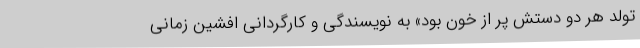
تولد هر دو دستش پر از خون بود» به نویسندگی و کارگردانی افشین زمانی